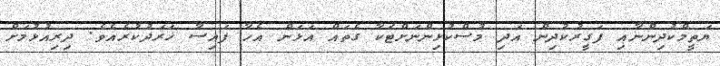
ޔަތީމްކުދިންނާއި ފަގީރުކުދިން އަދި މުސްކުޅިންނަށްޓަކާ ގެތައް އަޅަން އެހާ ފައިސާ ޚަރަދުކުރެއެވެ. ދިރިއުޅުމަށް